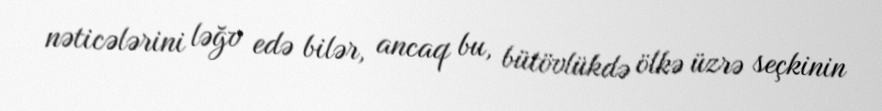
nəticələrini ləğv edə bilər, ancaq bu, bütövlükdə ölkə üzrə seçkinin